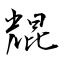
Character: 尡